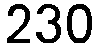
230